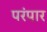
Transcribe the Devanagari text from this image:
परंपार